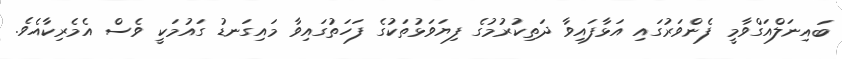
ބައިނަލްއަގްވާމީ ފެންވަރުގައި އަޅާފައިވާ ދަތިކުރުމުގެ ފިޔަވަޅުތަކުގެ ފަހަތުގައިވާ މައިގަނޑު ގައުމަކީ ވެސް އެމެރިކާއެވެ.